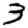
Digit: 3